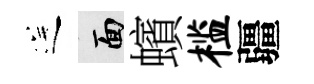
送面蠙槛疆